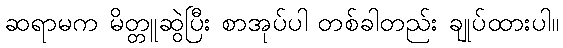
ဆရာမက မိတ္တူဆွဲပြီး စာအုပ်ပါ တစ်ခါတည်း ချုပ်ထားပါ။